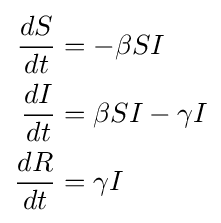
{\begin{aligned}{\frac {dS}{dt}}&=-\beta SI\\{\frac {dI}{dt}}&=\beta SI-\gamma I\\{\frac {dR}{dt}}&=\gamma I\end{aligned}}